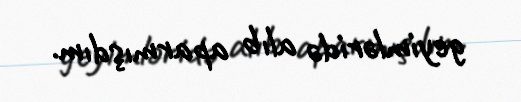
geyimləridə alıb aparmışdım.